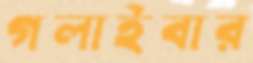
গলাইবার